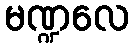
မဏ္ဍလေ